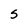
Character: S